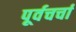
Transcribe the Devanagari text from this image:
पूर्वचर्चा